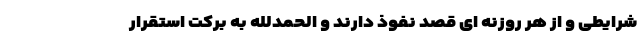
شرایطی و از هر روزنه ای قصد نفوذ دارند و الحمدلله به برکت استقرار